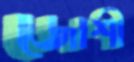
জোশী